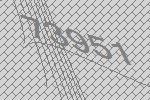
73951